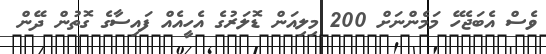
ވެސް އެބަޖެހޭ މަމެންނަށް 200 މިލިއަން ޑޮލަރުގެ އެހީއެއް ފައިސާގެ ގޮތުން ދޭން